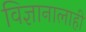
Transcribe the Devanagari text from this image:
विज्ञानालाही